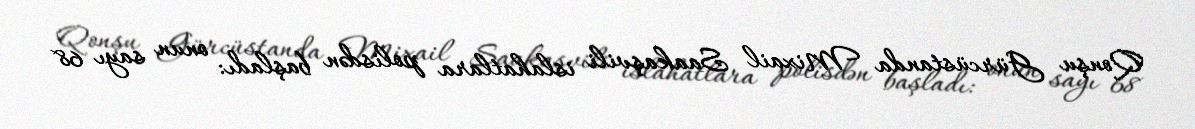
Qonşu Gürcüstanda Mixail Saakaşvili islahatlara polisdən başladı: onun sayı 68